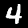
Label: 4